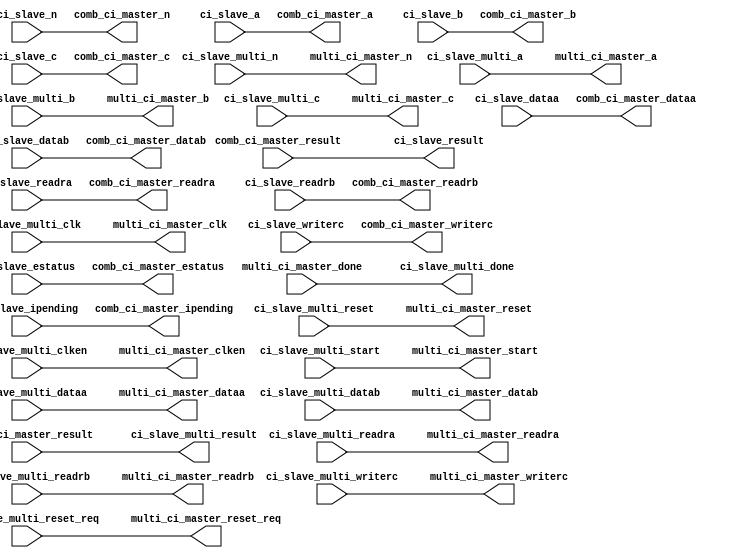
// (C) 2001-2018 Intel Corporation. All rights reserved.
// Your use of Intel Corporation's design tools, logic functions and other 
// software and tools, and its AMPP partner logic functions, and any output 
// files from any of the foregoing (including device programming or simulation 
// files), and any associated documentation or information are expressly subject 
// to the terms and conditions of the Intel Program License Subscription 
// Agreement, Intel FPGA IP License Agreement, or other applicable 
// license agreement, including, without limitation, that your use is for the 
// sole purpose of programming logic devices manufactured by Intel and sold by 
// Intel or its authorized distributors.  Please refer to the applicable 
// agreement for further details.


// $Id: //acds/rel/18.1std/ip/merlin/altera_customins_master_translator/altera_customins_master_translator.v#1 $
// $Revision: #1 $
// $Date: 2018/07/18 $
// $Author: psgswbuild $
// ------------------------------------------
// Custom instruction master translator
// ------------------------------------------
`timescale 1 ns / 1 ns

module altera_customins_master_translator 
#(
    parameter SHARED_COMB_AND_MULTI = 0
)
(
    // ------------------------------------------
    // Hybrid slave
    // ------------------------------------------
    input  wire [31:0] ci_slave_dataa,          //        ci_slave.dataa
    input  wire [31:0] ci_slave_datab,          //                .datab
    output wire [31:0] ci_slave_result,         //                .result
    input  wire [7:0]  ci_slave_n,              //                .n
    input  wire        ci_slave_readra,         //                .readra
    input  wire        ci_slave_readrb,         //                .readrb
    input  wire        ci_slave_writerc,        //                .writerc
    input  wire [4:0]  ci_slave_a,              //                .a
    input  wire [4:0]  ci_slave_b,              //                .b
    input  wire [4:0]  ci_slave_c,              //                .c
    input  wire [31:0] ci_slave_ipending,       //                .ipending
    input  wire        ci_slave_estatus,        //                .estatus
    input  wire        ci_slave_multi_clk,      //                .clk
    input  wire        ci_slave_multi_reset,    //                .reset
    input  wire        ci_slave_multi_reset_req,//                .reset_req
    input  wire        ci_slave_multi_clken,    //                .clk_en
    input  wire        ci_slave_multi_start,    //                .start
    output wire        ci_slave_multi_done,     //                .done
    input  wire [31:0] ci_slave_multi_dataa,    //                .multi_dataa
    input  wire [31:0] ci_slave_multi_datab,    //                .multi_datab
    output wire [31:0] ci_slave_multi_result,   //                .multi_result
    input  wire [7:0]  ci_slave_multi_n,        //                .multi_n
    input  wire        ci_slave_multi_readra,   //                .multi_readra
    input  wire        ci_slave_multi_readrb,   //                .multi_readrb
    input  wire        ci_slave_multi_writerc,  //                .multi_writerc
    input  wire [4:0]  ci_slave_multi_a,        //                .multi_a
    input  wire [4:0]  ci_slave_multi_b,        //                .multi_b
    input  wire [4:0]  ci_slave_multi_c,        //                .multi_c
    // ------------------------------------------
    // Comb master
    // ------------------------------------------
    output wire [31:0] comb_ci_master_dataa,    //  comb_ci_master.dataa
    output wire [31:0] comb_ci_master_datab,    //                .datab
    input  wire [31:0] comb_ci_master_result,   //                .result
    output wire [7:0]  comb_ci_master_n,        //                .n
    output wire        comb_ci_master_readra,   //                .readra
    output wire        comb_ci_master_readrb,   //                .readrb
    output wire        comb_ci_master_writerc,  //                .writerc
    output wire [4:0]  comb_ci_master_a,        //                .a
    output wire [4:0]  comb_ci_master_b,        //                .b
    output wire [4:0]  comb_ci_master_c,        //                .c
    output wire [31:0] comb_ci_master_ipending, //                .ipending
    output wire        comb_ci_master_estatus,  //                .estatus
    // ------------------------------------------
    // Multi master
    // ------------------------------------------
    output wire        multi_ci_master_clk,     // multi_ci_master.clk
    output wire        multi_ci_master_reset,   //                .reset
    output wire        multi_ci_master_reset_req, //              .reset_req
    output wire        multi_ci_master_clken,   //                .clk_en
    output wire        multi_ci_master_start,   //                .start
    input  wire        multi_ci_master_done,    //                .done
    output wire [31:0] multi_ci_master_dataa,   //                .dataa
    output wire [31:0] multi_ci_master_datab,   //                .datab
    input  wire [31:0] multi_ci_master_result,  //                .result
    output wire [7:0]  multi_ci_master_n,       //                .n
    output wire        multi_ci_master_readra,  //                .readra
    output wire        multi_ci_master_readrb,  //                .readrb
    output wire        multi_ci_master_writerc, //                .writerc
    output wire [4:0]  multi_ci_master_a,       //                .a
    output wire [4:0]  multi_ci_master_b,       //                .b
    output wire [4:0]  multi_ci_master_c        //                .c
	);

    assign comb_ci_master_dataa   = ci_slave_dataa;
    assign comb_ci_master_datab   = ci_slave_datab;
    assign comb_ci_master_n       = ci_slave_n;
    assign comb_ci_master_a       = ci_slave_a;
    assign comb_ci_master_b       = ci_slave_b;
    assign comb_ci_master_c       = ci_slave_c;
    assign comb_ci_master_readra  = ci_slave_readra;
    assign comb_ci_master_readrb  = ci_slave_readrb;
    assign comb_ci_master_writerc = ci_slave_writerc;
    assign comb_ci_master_ipending = ci_slave_ipending;
    assign comb_ci_master_estatus  = ci_slave_estatus;

    assign multi_ci_master_clk   = ci_slave_multi_clk;
    assign multi_ci_master_reset = ci_slave_multi_reset;
    assign multi_ci_master_reset_req = ci_slave_multi_reset_req;
    assign multi_ci_master_clken = ci_slave_multi_clken;
    assign multi_ci_master_start = ci_slave_multi_start;
    assign ci_slave_multi_done   = multi_ci_master_done;

    generate if (SHARED_COMB_AND_MULTI == 0) begin

        assign multi_ci_master_dataa   = ci_slave_multi_dataa;
        assign multi_ci_master_datab   = ci_slave_multi_datab;
        assign multi_ci_master_n       = ci_slave_multi_n;
        assign multi_ci_master_a       = ci_slave_multi_a;
        assign multi_ci_master_b       = ci_slave_multi_b;
        assign multi_ci_master_c       = ci_slave_multi_c;
        assign multi_ci_master_readra  = ci_slave_multi_readra;
        assign multi_ci_master_readrb  = ci_slave_multi_readrb;
        assign multi_ci_master_writerc = ci_slave_multi_writerc;
        
        assign ci_slave_result         = comb_ci_master_result;
        assign ci_slave_multi_result   = multi_ci_master_result;

    end else begin

	    assign multi_ci_master_dataa   = ci_slave_dataa;
	    assign multi_ci_master_datab   = ci_slave_datab;
        assign multi_ci_master_n       = ci_slave_n;
        assign multi_ci_master_a       = ci_slave_a;
        assign multi_ci_master_b       = ci_slave_b;
        assign multi_ci_master_c       = ci_slave_c;
        assign multi_ci_master_readra  = ci_slave_readra;
        assign multi_ci_master_readrb  = ci_slave_readrb;
        assign multi_ci_master_writerc = ci_slave_writerc;

        assign ci_slave_result = ci_slave_multi_done ? multi_ci_master_result :
                                    comb_ci_master_result;

    end

    endgenerate

endmodule